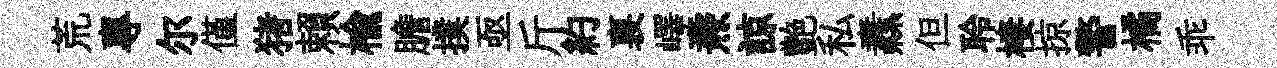
荒專尔僅猪賴楡膽撲亟斤約裏嶧燾諒艶私纛但聆棲掠警橘乖